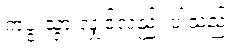
ကပွဲ သွားလျှင်လည်း ပါသည်။